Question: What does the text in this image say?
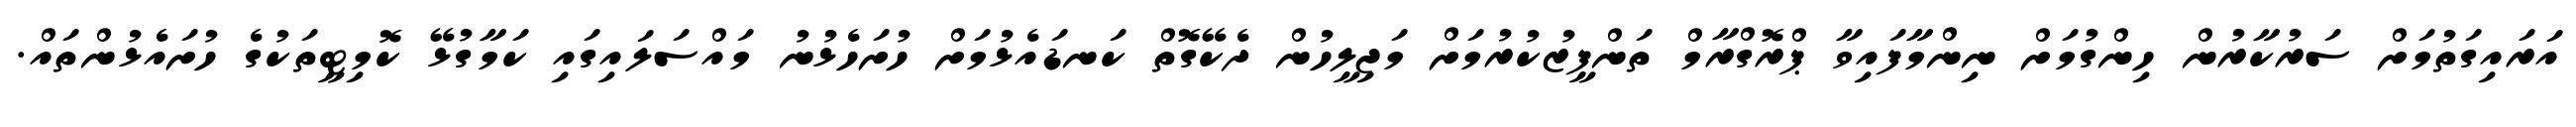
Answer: އަރައިގަތުމަށް ސަރުކާރުން ހިންގުމަށް ނިންމާފައިވާ ޕްރޮގްރާމް ތަންފީޒުކުރުމަށް މަޖިލީހުން ދެކޭގޮތް ކަނޑައެޅުމަށް ހުށަހެޅުނު މައްސަލައިގައި ކަމާގުޅޭ ކޮމިޓީތަކުގެ ހުށައެޅުންތައް.